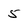
Character: 5